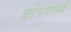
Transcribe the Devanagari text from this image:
वटेगावमध्ये